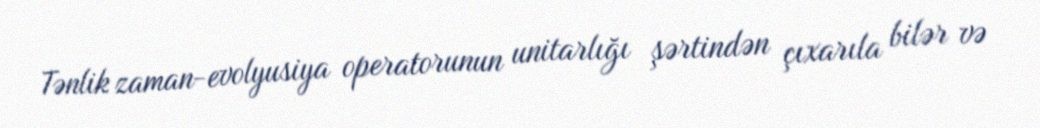
Tənlik zaman-evolyusiya operatorunun unitarlığı şərtindən çıxarıla bilər və